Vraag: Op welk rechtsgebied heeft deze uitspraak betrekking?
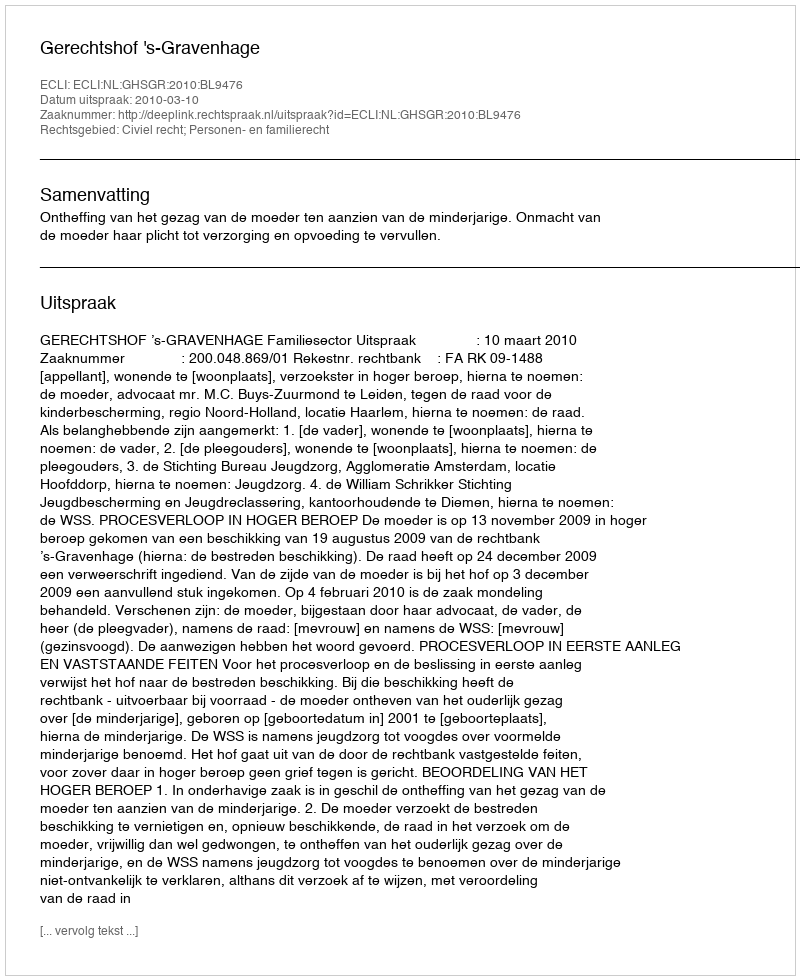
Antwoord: Civiel recht; Personen- en familierecht